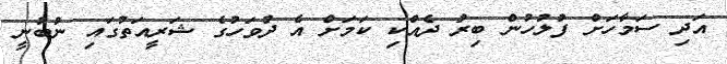
އަދި ސަމާހަށް ފުލުހުން ބިރު ދެއްކި ކަމަށް އެ ދުވަހުގެ ޝަރީއަތުގައި ނުބުނީ